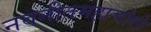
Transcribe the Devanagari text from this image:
नवनीतमहाचोरो